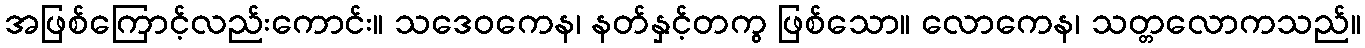
အဖြစ်ကြောင့်လည်းကောင်း။ သဒေဝကေန၊ နတ်နှင့်တကွ ဖြစ်သော။ လောကေန၊ သတ္တလောကသည်။